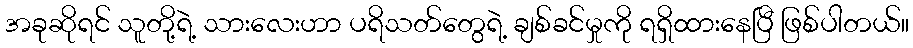
အခုဆိုရင် သူတို့ရဲ့ သားလေးဟာ ပရိသတ်တွေရဲ့ ချစ်ခင်မှုကို ရရှိထားနေပြီ ဖြစ်ပါတယ်။